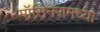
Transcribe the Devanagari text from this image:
मॉसिनरामच्या